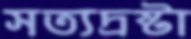
সত্যদ্রষ্টা